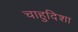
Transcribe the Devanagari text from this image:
चाहुदिशा